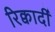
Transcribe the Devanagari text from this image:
रिक्वार्दी